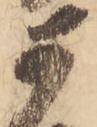
可